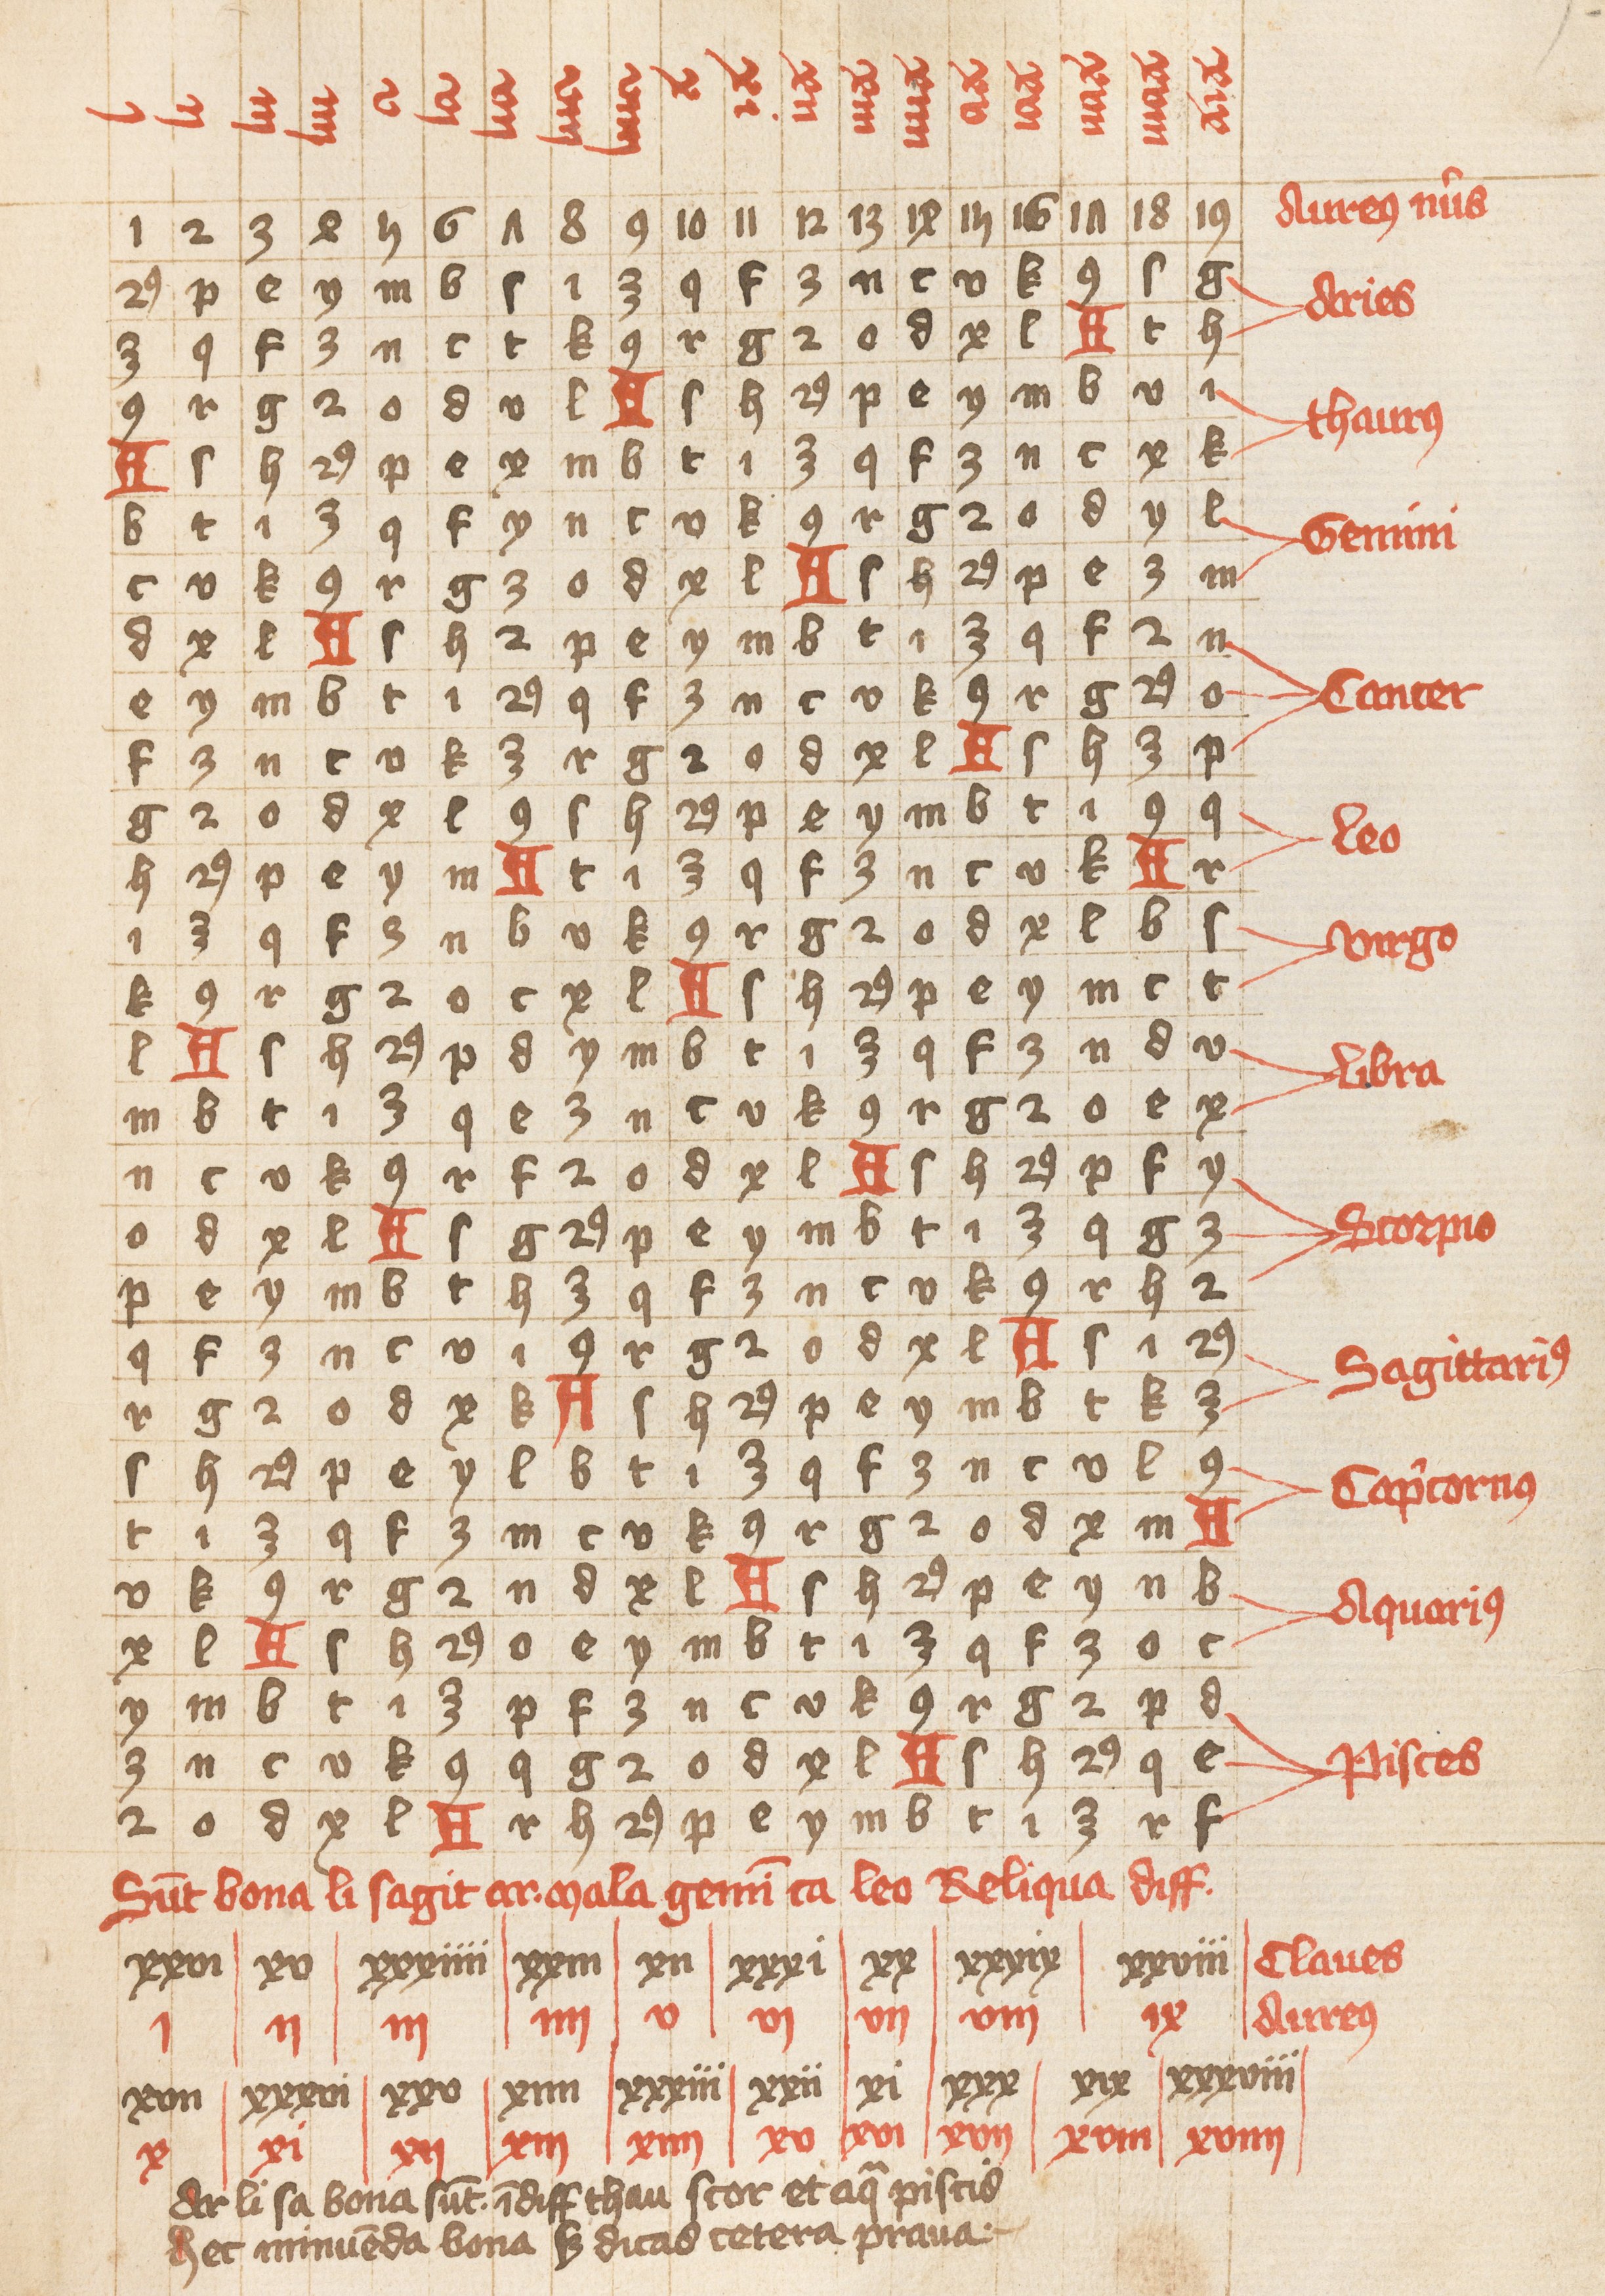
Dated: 1432–1432